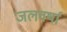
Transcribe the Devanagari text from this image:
जलवर्षा